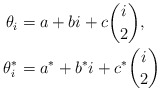
\begin{align*} \theta_i & = a+ bi + c\binom{i}{2}, \\ \theta^*_i & = a^*+ b^*i + c^*\binom{i}{2} \end{align*}